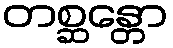
တစ္ဆန္တော